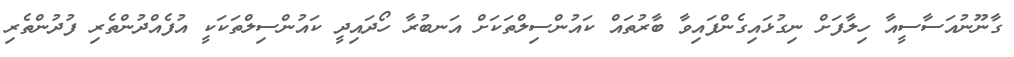
ގާނޫނުއަސާސީއާ ހިލާފަށް ނިގުޅައިގެންފައިވާ ބާރުތައް ކައުންސިލްތަކަށް އަނބުރާ ހޯދައިދީ ކައުންސިލްތަކަކީ އުފެއްދުންތެރި ފުދުންތެރި